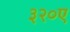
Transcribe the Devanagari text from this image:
३२०ए